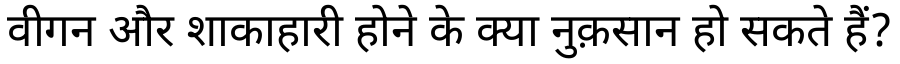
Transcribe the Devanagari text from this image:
वीगन और शाकाहारी होने के क्या नुक़सान हो सकते हैं?